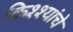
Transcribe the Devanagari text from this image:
किश्श्यांचे